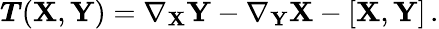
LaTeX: \boldsymbol{T}(\mathbf{X},\mathbf{Y})=\nabla_{\mathbf{X}}\mathbf{Y}-\nabla_{\mathbf{Y}}\mathbf{X}-[\mathbf{X},\mathbf{Y}]\, .